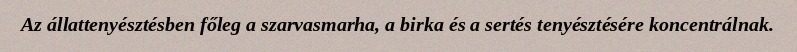
Az állattenyésztésben főleg a szarvasmarha, a birka és a sertés tenyésztésére koncentrálnak.